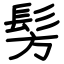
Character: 髣